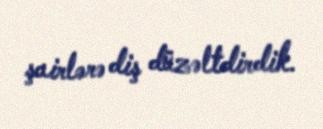
şairlərə diş düzəltdirdik.